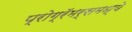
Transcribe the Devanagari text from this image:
प्रोग्रॅमर्समध्ये